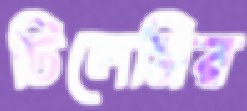
ঢিলেমির